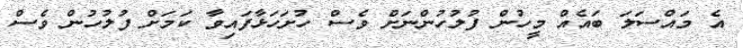
އެ މައްސަލަ ބައެއް މީހުން ފުލުހުންނަށް ވެސް ހުށަހަޅާފައިވާ ކަމަށް ފުލުހުން ވެސް